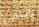
رالفي